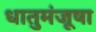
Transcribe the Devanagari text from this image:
धातुमंजूषा